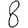
Digit: 8